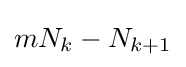
mN_{k}-N_{k+1}